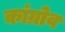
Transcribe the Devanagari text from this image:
कांग्रोव